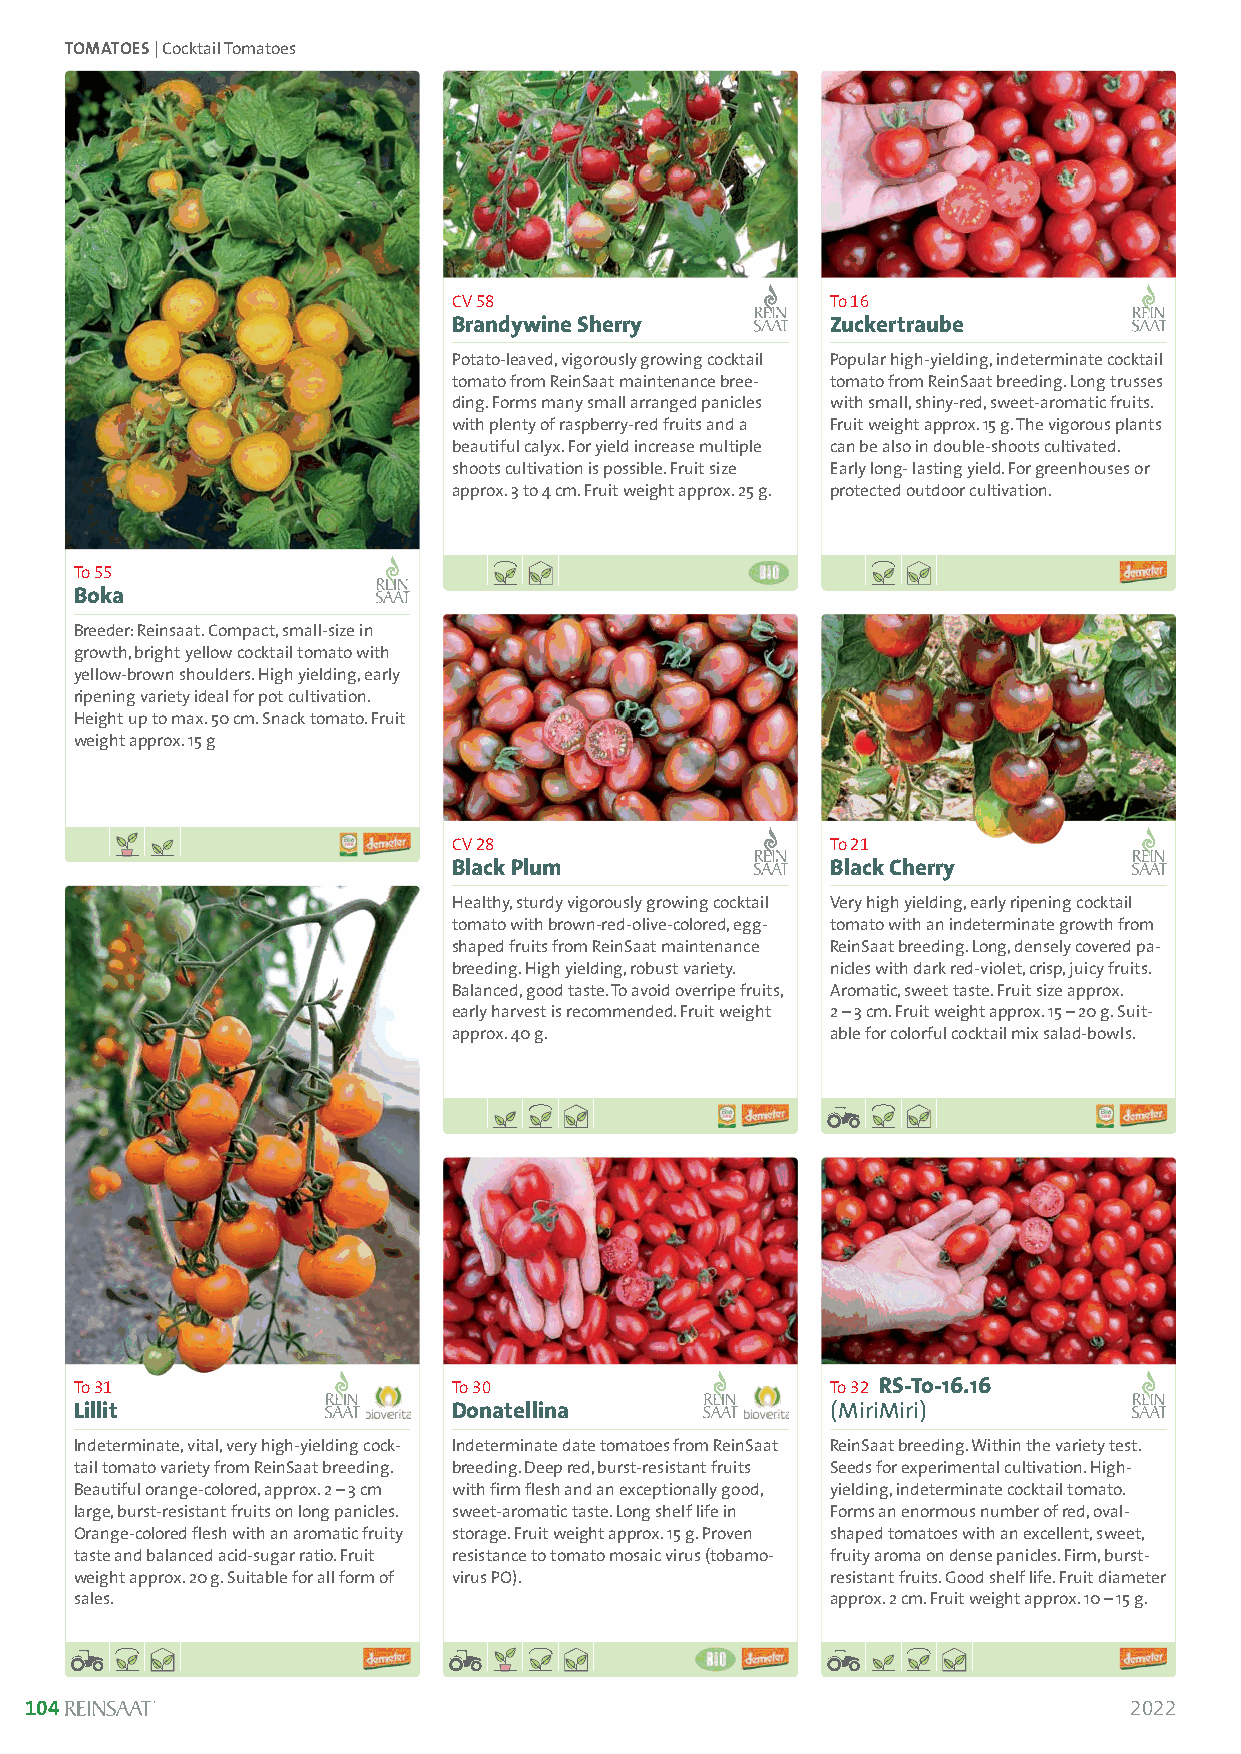
TOMATOES| Cocktail Tomatoes
 CV 58                    To 16
 Brandywine Sherry        Zuckertraube
 Potato-leaved, vigorously growing cocktail Popular high-yielding, indeterminate cocktail
 tomato from ReinSaat maintenance bree- tomato from ReinSaat breeding. Long trusses
 ding. Forms many small arranged panicles with small, shiny-red, sweet-aromatic fruits.
 with plenty of raspberry-red fruits and a Fruit weight approx. 15 g. The vigorous plants
 beautiful calyx. For yield increase multiple can be also in double-shoots cultivated.
 shoots cultivation is possible. Fruit size Early long- lasting yield. For greenhouses or
 approx. 3 to 4 cm. Fruit weight approx. 25 g. protected outdoor cultivation.
 To 55
 Boka
 Breeder: Reinsaat. Compact, small-size in
 growth, bright yellow cocktail tomato with
 yellow-brown shoulders. High yielding, early
 ripening variety ideal for pot cultivation.
 Height up to max. 50 cm. Snack tomato. Fruit
 weight approx. 15 g
 CV 28                    To 21
 Black Plum               Black Cherry
 Healthy, sturdy vigorously growing cocktail Very high yielding, early ripening cocktail
 tomato with brown-red-olive-colored, egg- tomato with an indeterminate growth from
 shaped fruits from ReinSaat maintenance ReinSaat breeding. Long, densely covered pa-
 breeding. High yielding, robust variety. nicles with dark red-violet, crisp, juicy fruits.
 Balanced, good taste. To avoid overripe fruits, Aromatic, sweet taste. Fruit size approx.
 early harvest is recommended. Fruit weight 2 –3 cm. Fruit weight approx. 15 –20 g. Suit-
 approx. 40 g.            able for colorful cocktail mix salad-bowls.
 To 31                    To 30                    To 32 RS-To-16.16
 Lillit                   Donatellina              (MiriMiri)
 Indeterminate, vital, very high-yielding cock- Indeterminate date tomatoes from ReinSaat ReinSaat breeding. Within the variety test.
 tail tomato variety from ReinSaat breeding. breeding. Deep red, burst-resistant fruits Seeds for experimental cultivation. High-
 Beautiful orange-colored, approx. 2 –3 cm with firm flesh and an exceptionally good, yielding, indeterminate cocktail tomato.
 large, burst-resistant fruits on long panicles. sweet-aromatic taste. Long shelf life in Forms an enormous number of red, oval-
 Orange-colored flesh with an aromatic fruity storage. Fruit weight approx. 15 g. Proven shaped tomatoes with an excellent, sweet,
 taste and balanced acid-sugar ratio. Fruit resistance to tomato mosaic virus (tobamo - fruity aroma on dense panicles. Firm, burst-
 weight approx. 20 g. Suitable for all form of virus PO). resistant fruits. Good shelf life. Fruit diameter
 sales.                                            approx. 2 cm. Fruit weight approx. 10 –15 g.
 104                                                                      2022